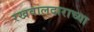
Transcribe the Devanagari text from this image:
रखवालदाराच्या